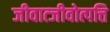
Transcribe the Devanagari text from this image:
जीवात्जीवोत्पत्ति